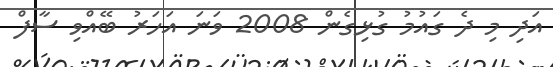
އަދި މި ދެ ގައުމު ގުޅިގެން 2008 ވަނަ އަހަރު ބޭއްވި ސާފް